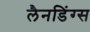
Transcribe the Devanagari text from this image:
लैनडिंग्स